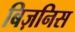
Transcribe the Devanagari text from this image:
बिज़निस